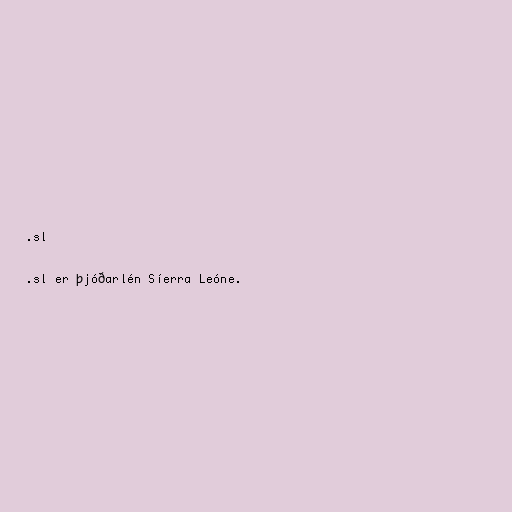
.sl

.sl er þjóðarlén Síerra Leóne.